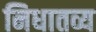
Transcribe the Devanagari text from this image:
निधातव्य